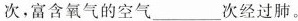
次，富含氧气的空气___次经过肺。